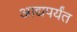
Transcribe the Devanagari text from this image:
आद्यपर्यंत